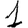
Digit: 1